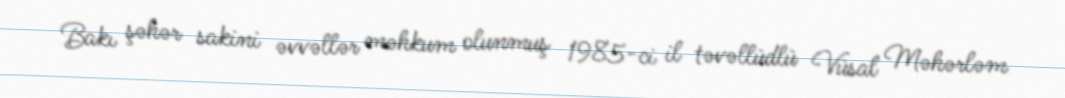
Bakı şəhər sakini əvvəllər məhkum olunmuş 1985-ci il təvəllüdlü Vüsal Məhərləm